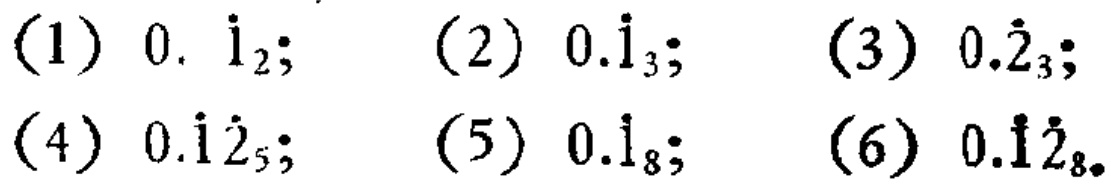
(1) \(0.\dot{1}_{2}\); (2) \(0.\dot{1}_{3}\); (3) \(0.\dot{2}_{3}\); (4) \(0.\dot{1}\dot{2}_{5}\); (5) \(0.\dot{1}_{8}\); (6) \(0.\dot{1}\dot{2}_{8}\).